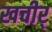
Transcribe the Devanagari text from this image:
खचीर्